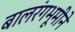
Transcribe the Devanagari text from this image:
बालरंगभूमीने